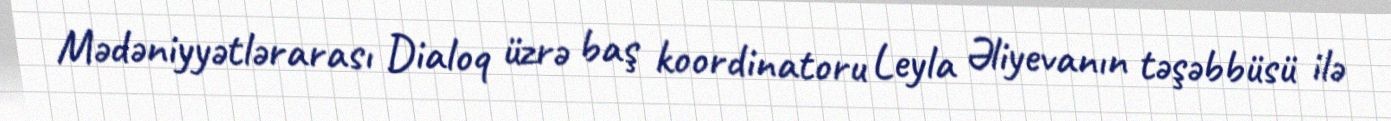
Mədəniyyətlərarası Dialoq üzrə baş koordinatoru Leyla Əliyevanın təşəbbüsü ilə